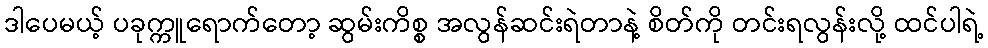
ဒါပေမယ့် ပခုက္ကူရောက်တော့ ဆွမ်းကိစ္စ အလွန်ဆင်းရဲတာနဲ့ စိတ်ကို တင်းရလွန်းလို့ ထင်ပါရဲ့